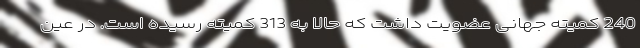
240 کمیته جهانی عضویت داشت که حالا به 313 کمیته رسیده است. در عین